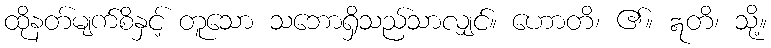
ထိုနတ်မျက်စိနှင့် တူသော သဘောရှိသည်သာလျှင်။ ဟောတိ၊ ၏။ ဣတိ၊ သို့။